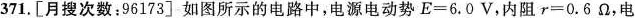
371.[月搜次数：96173]如图所示的电路中，电源电动势$$E=6.0V$$，内阻$$r=0.6Ω$$，电